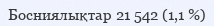
Босниялықтар 21 542 (1,1 %)